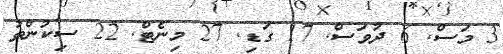
3 މަސް